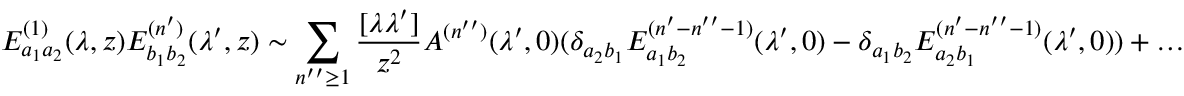
E _ { a _ { 1 } a _ { 2 } } ^ { ( 1 ) } ( \lambda , z ) E _ { b _ { 1 } b _ { 2 } } ^ { ( n ^ { \prime } ) } ( \lambda ^ { \prime } , z ) \sim \sum _ { n ^ { \prime \prime } \geq 1 } \frac { [ \lambda \lambda ^ { \prime } ] } { z ^ { 2 } } A ^ { ( n ^ { \prime \prime } ) } ( \lambda ^ { \prime } , 0 ) ( \delta _ { a _ { 2 } b _ { 1 } } E _ { a _ { 1 } b _ { 2 } } ^ { ( n ^ { \prime } - n ^ { \prime \prime } - 1 ) } ( \lambda ^ { \prime } , 0 ) - \delta _ { a _ { 1 } b _ { 2 } } E _ { a _ { 2 } b _ { 1 } } ^ { ( n ^ { \prime } - n ^ { \prime \prime } - 1 ) } ( \lambda ^ { \prime } , 0 ) ) + \dots